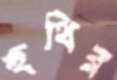
হুথির